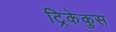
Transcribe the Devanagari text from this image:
ट्रिकेकुस